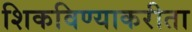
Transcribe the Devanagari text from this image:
शिकविण्याकरीता